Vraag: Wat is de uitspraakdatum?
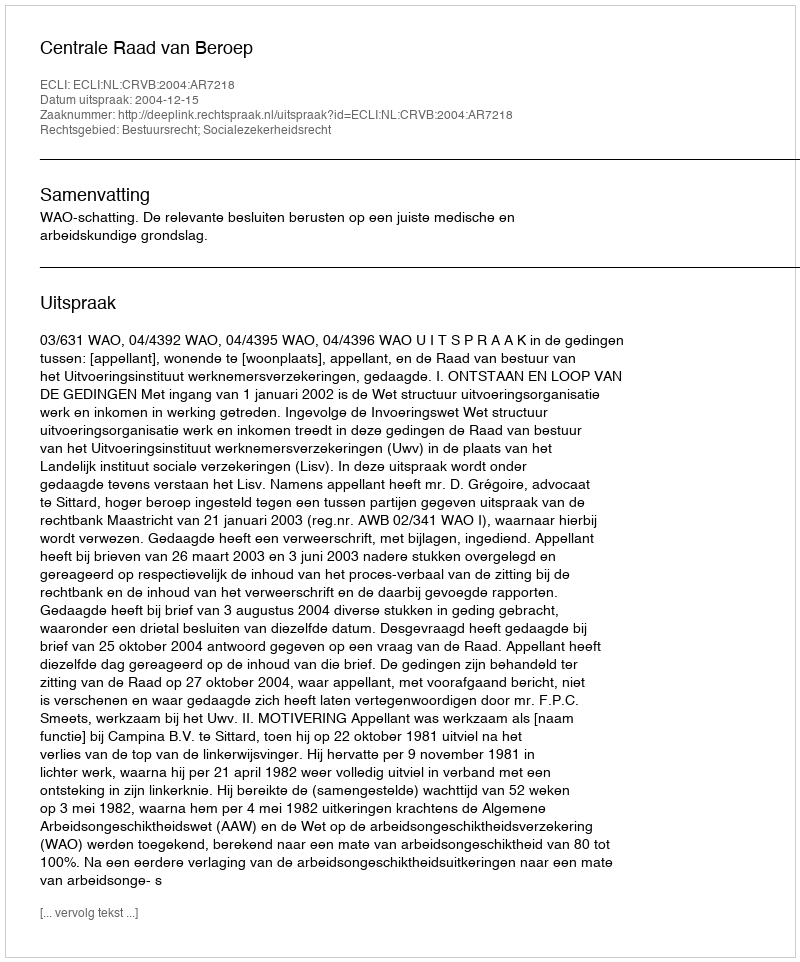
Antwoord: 2004-12-15